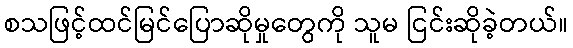
စသဖြင့်ထင်မြင်ပြောဆိုမှုတွေကို သူမ ငြင်းဆိုခဲ့တယ်။